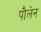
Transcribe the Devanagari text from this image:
पौलेन